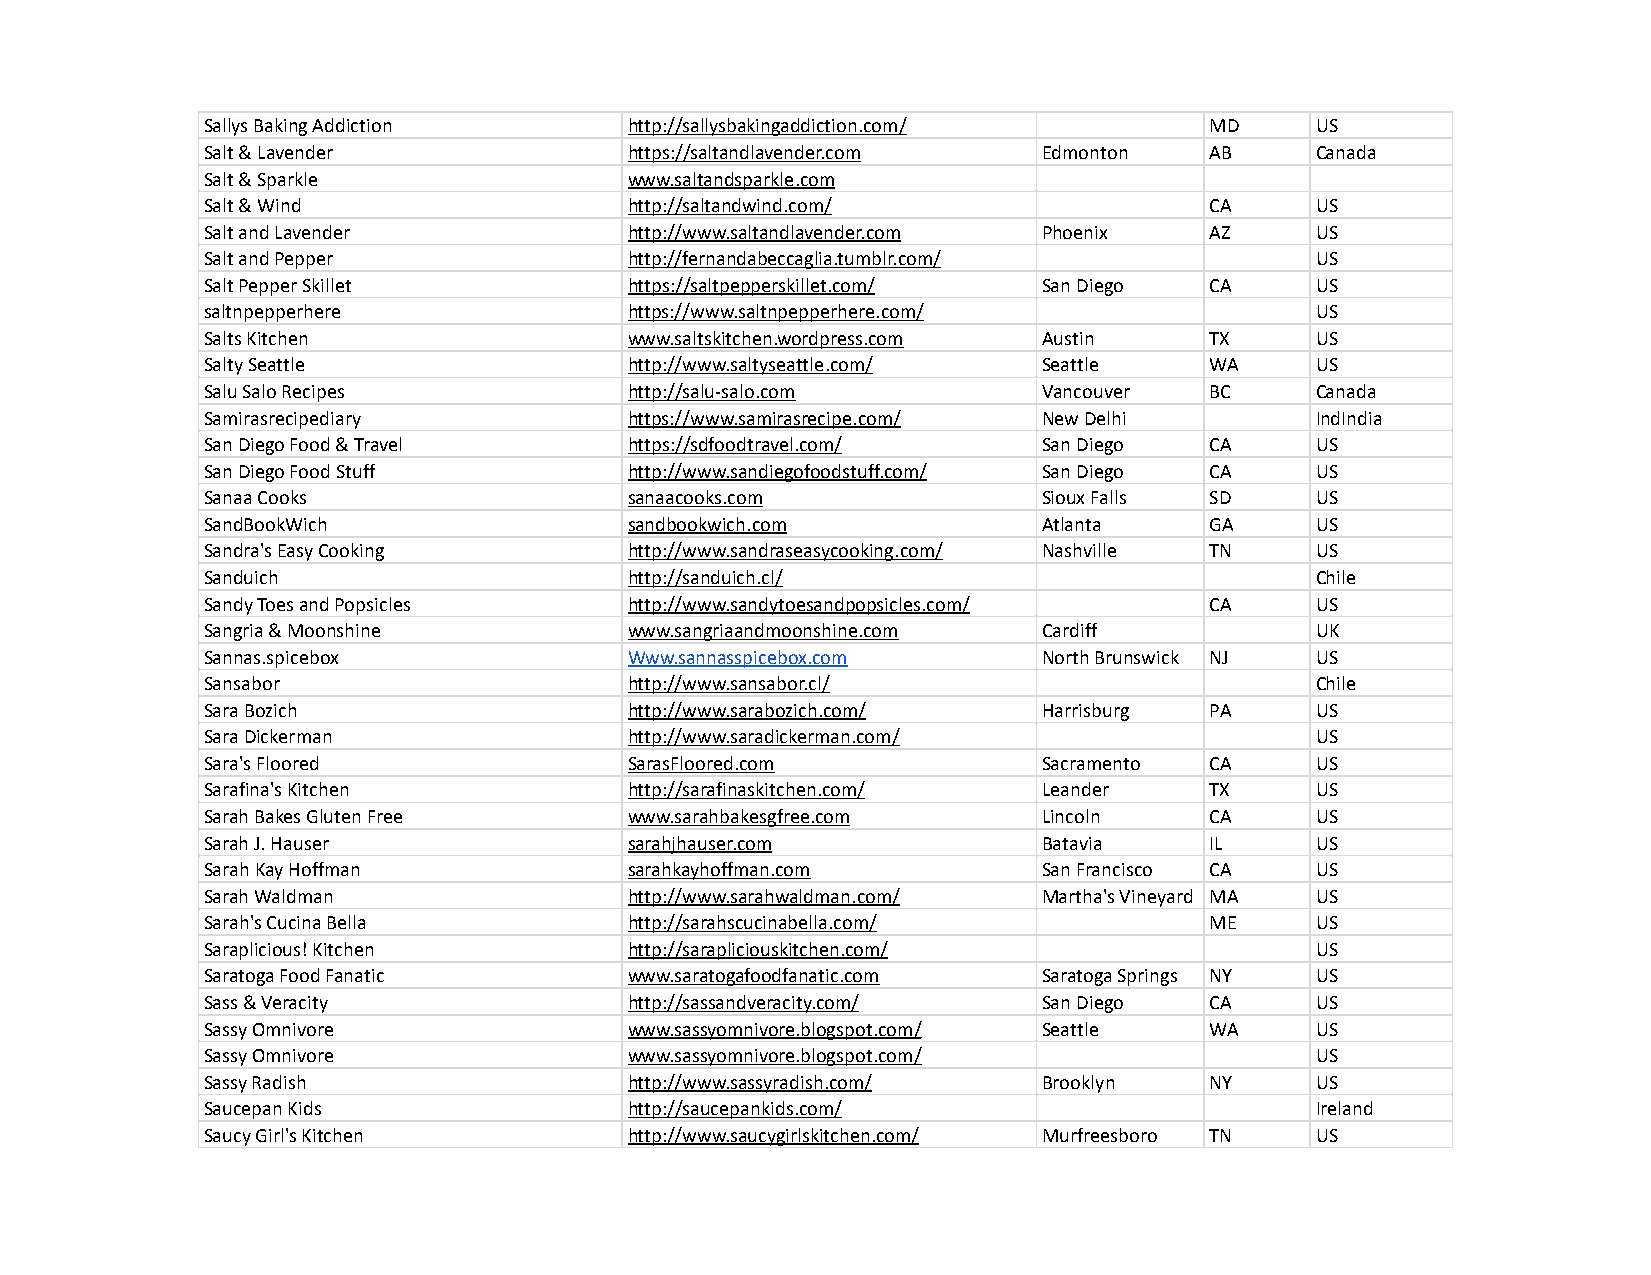
Sallys Baking Addiction     http://sallysbakingaddiction.com/     MD     US
 Salt & Lavender             https://saltandlavender.com Edmonton  AB     Canada
 Salt & Sparkle              www.saltandsparkle.com
 Salt & Wind                 http://saltandwind.com/               CA     US
 Salt and Lavender           http://www.saltandlavender.com Phoenix AZ    US
 Salt and Pepper             http://fernandabeccaglia.tumblr.com/         US
 Salt Pepper Skillet         https://saltpepperskillet.com/ San Diego CA  US
 saltnpepperhere             https://www.saltnpepperhere.com/             US
 Salts Kitchen               www.saltskitchen.wordpress.com Austin TX     US
 Salty Seattle               http://www.saltyseattle.com/ Seattle  WA     US
 Salu Salo Recipes           http://salu-salo.com       Vancouver  BC     Canada
 Samirasrecipediary          https://www.samirasrecipe.com/ New Delhi     IndIndia
 San Diego Food & Travel     https://sdfoodtravel.com/  San Diego  CA     US
 San Diego Food Stuff        http://www.sandiegofoodstuff.com/ San Diego CA US
 Sanaa Cooks                 sanaacooks.com             Sioux Falls SD    US
 SandBookWich                sandbookwich.com           Atlanta    GA     US
 Sandra's Easy Cooking       http://www.sandraseasycooking.com/ Nashville TN US
 Sanduich                    http://sanduich.cl/                          Chile
 Sandy Toes and Popsicles    http://www.sandytoesandpopsicles.com/ CA     US
 Sangria & Moonshine         www.sangriaandmoonshine.com Cardiff          UK
 Sannas.spicebox             Www.sannasspicebox.com     North Brunswick NJ US
 Sansabor                    http://www.sansabor.cl/                      Chile
 Sara Bozich                 http://www.sarabozich.com/ Harrisburg PA     US
 Sara Dickerman              http://www.saradickerman.com/                US
 Sara's Floored              SarasFloored.com           Sacramento CA     US
 Sarafina's Kitchen          http://sarafinaskitchen.com/ Leander  TX     US
 Sarah Bakes Gluten Free     www.sarahbakesgfree.com    Lincoln    CA     US
 Sarah J. Hauser             sarahjhauser.com           Batavia    IL     US
 Sarah Kay Hoffman           sarahkayhoffman.com        San Francisco CA  US
 Sarah Waldman               http://www.sarahwaldman.com/ Martha's Vineyard MA US
 Sarah's Cucina Bella        http://sarahscucinabella.com/         ME     US
 Saraplicious! Kitchen       http://sarapliciouskitchen.com/              US
 Saratoga Food Fanatic       www.saratogafoodfanatic.com Saratoga Springs NY US
 Sass & Veracity             http://sassandveracity.com/ San Diego CA     US
 Sassy Omnivore              www.sassyomnivore.blogspot.com/ Seattle WA   US
 Sassy Omnivore              www.sassyomnivore.blogspot.com/              US
 Sassy Radish                http://www.sassyradish.com/ Brooklyn  NY     US
 Saucepan Kids               http://saucepankids.com/                     Ireland
 Saucy Girl's Kitchen        http://www.saucygirlskitchen.com/ Murfreesboro TN US